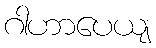
ဂါဟာပေယျ